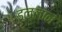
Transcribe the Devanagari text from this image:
इल्लान